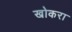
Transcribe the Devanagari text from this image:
खोकरा